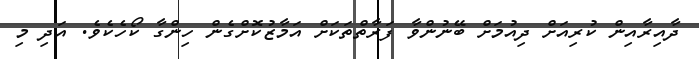
ދާއިރާއިން ކުރިއަށް ދިއުމަށް ބޭނުންވާ ފަރާތްތަކަށް އަމާޒުކޮށްގެން ހިންގާ ކޯހެކެވެ. އަދި މި